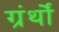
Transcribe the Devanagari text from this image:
ग्रंर्थों